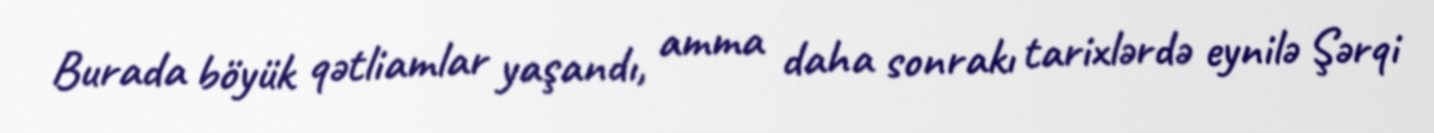
Burada böyük qətliamlar yaşandı, amma daha sonrakı tarixlərdə eynilə Şərqi